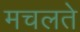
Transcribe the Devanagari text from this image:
मचलते